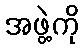
အဖွဲ့ကို